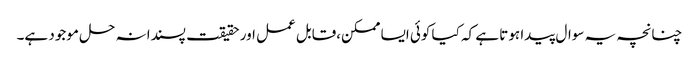
چنانچہ یہ سوال پیدا ہوتا ہے کہ کیا کوئی ایسا ممکن،قابل عمل اور حقیقت پسندانہ حل موجود ہے۔